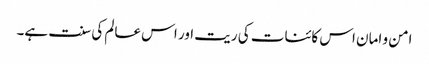
امن و امان اس کائنات کی ریت اور اس عالم کی سنت ہے۔